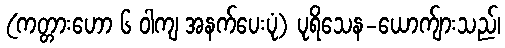
(ကတ္တားဟော ၆ ဝါကျ အနက်ပေးပုံ) ပုရိသေန-ယောက်ျားသည်၊